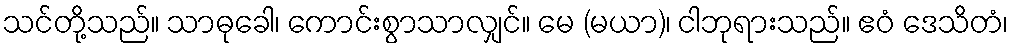
သင်တို့သည်။ သာဓုခေါ၊ ကောင်းစွာသာလျှင်။ မေ (မယာ)၊ ငါဘုရားသည်။ ဧဝံ ဒေသိတံ၊